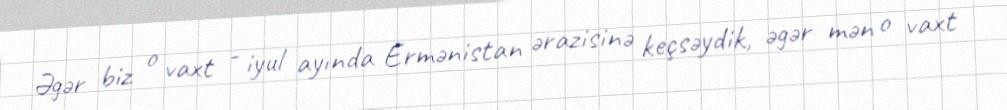
Əgər biz o vaxt - iyul ayında Ermənistan ərazisinə keçsəydik, əgər mən o vaxt